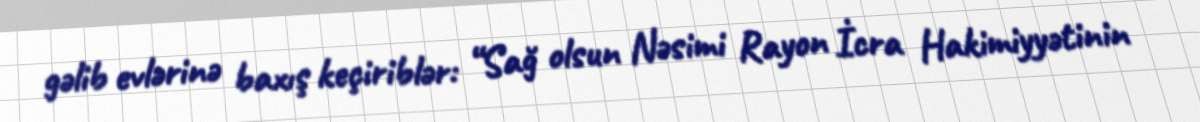
gəlib evlərinə baxış keçiriblər: “Sağ olsun Nəsimi Rayon İcra Hakimiyyətinin